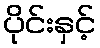
ပိုင်းနှင့်